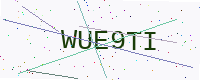
Text: WUE9TI